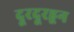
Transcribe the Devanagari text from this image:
दूरदूरहून